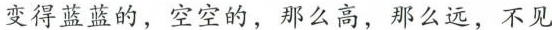
变得蓝蓝的，空空的，那么高，那么远，不见